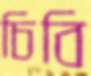
চিবি